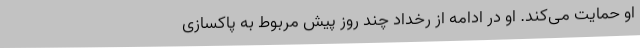
او حمایت می‌کند. او در ادامه از رخداد چند روز پیش مربوط به پاکسازی